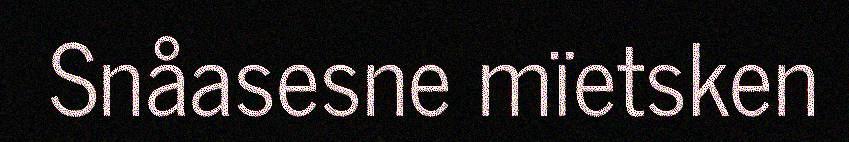
Snåasesne mïetsken